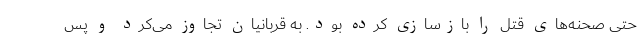
حتی صحنه‌های قتل را بازسازی کرده بود. به قربانیان تجاوز می‌کرد و پس